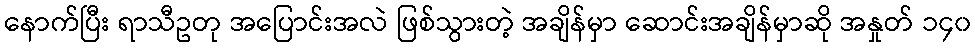
နောက်ပြီး ရာသီဥတု အပြောင်းအလဲ ဖြစ်သွားတဲ့ အချိန်မှာ ဆောင်းအချိန်မှာဆို အနှုတ် ၁၄၀